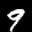
Label: 9